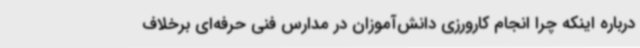
درباره اینکه چرا انجام کارورزی دانش‌آموزان در مدارس فنی حرفه‌ای برخلاف